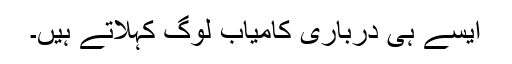
ایسے ہی درباری کامیاب لوگ کہلاتے ہیں۔